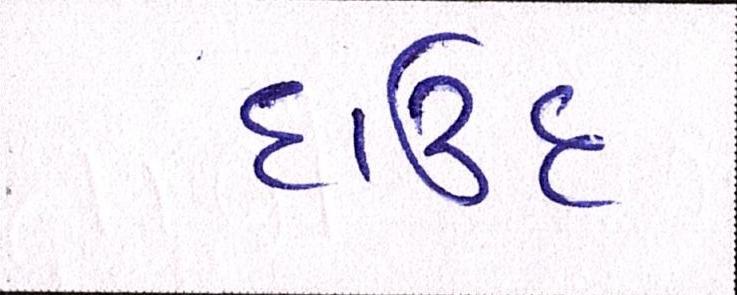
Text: દાઉદ